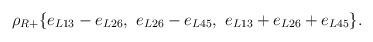
\begin{align*}\rho_{R+}\{e_{L13} - e_{L26}, \,\, e_{L26} - e_{L45}, \,\, e_{L13} + e_{L26} + e_{L45}\}.\end{align*}